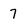
Character: 7